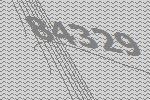
84329